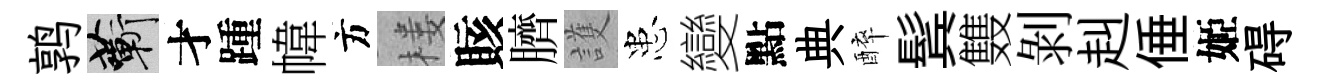
鹑蔪才踵幃方楼賅臍護患變點典醉鬂䨇剝赳倕姬碍